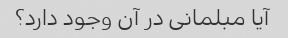
آیا مبلمانی در آن وجود دارد؟